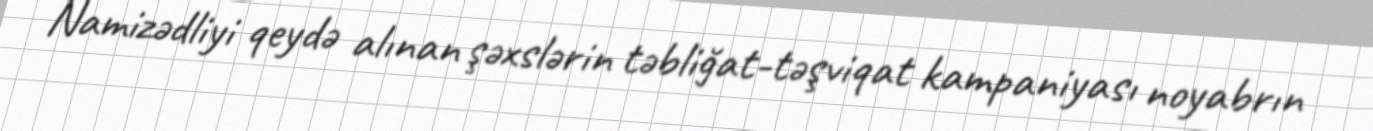
Namizədliyi qeydə alınan şəxslərin təbliğat-təşviqat kampaniyası noyabrın